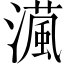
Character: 𤀘